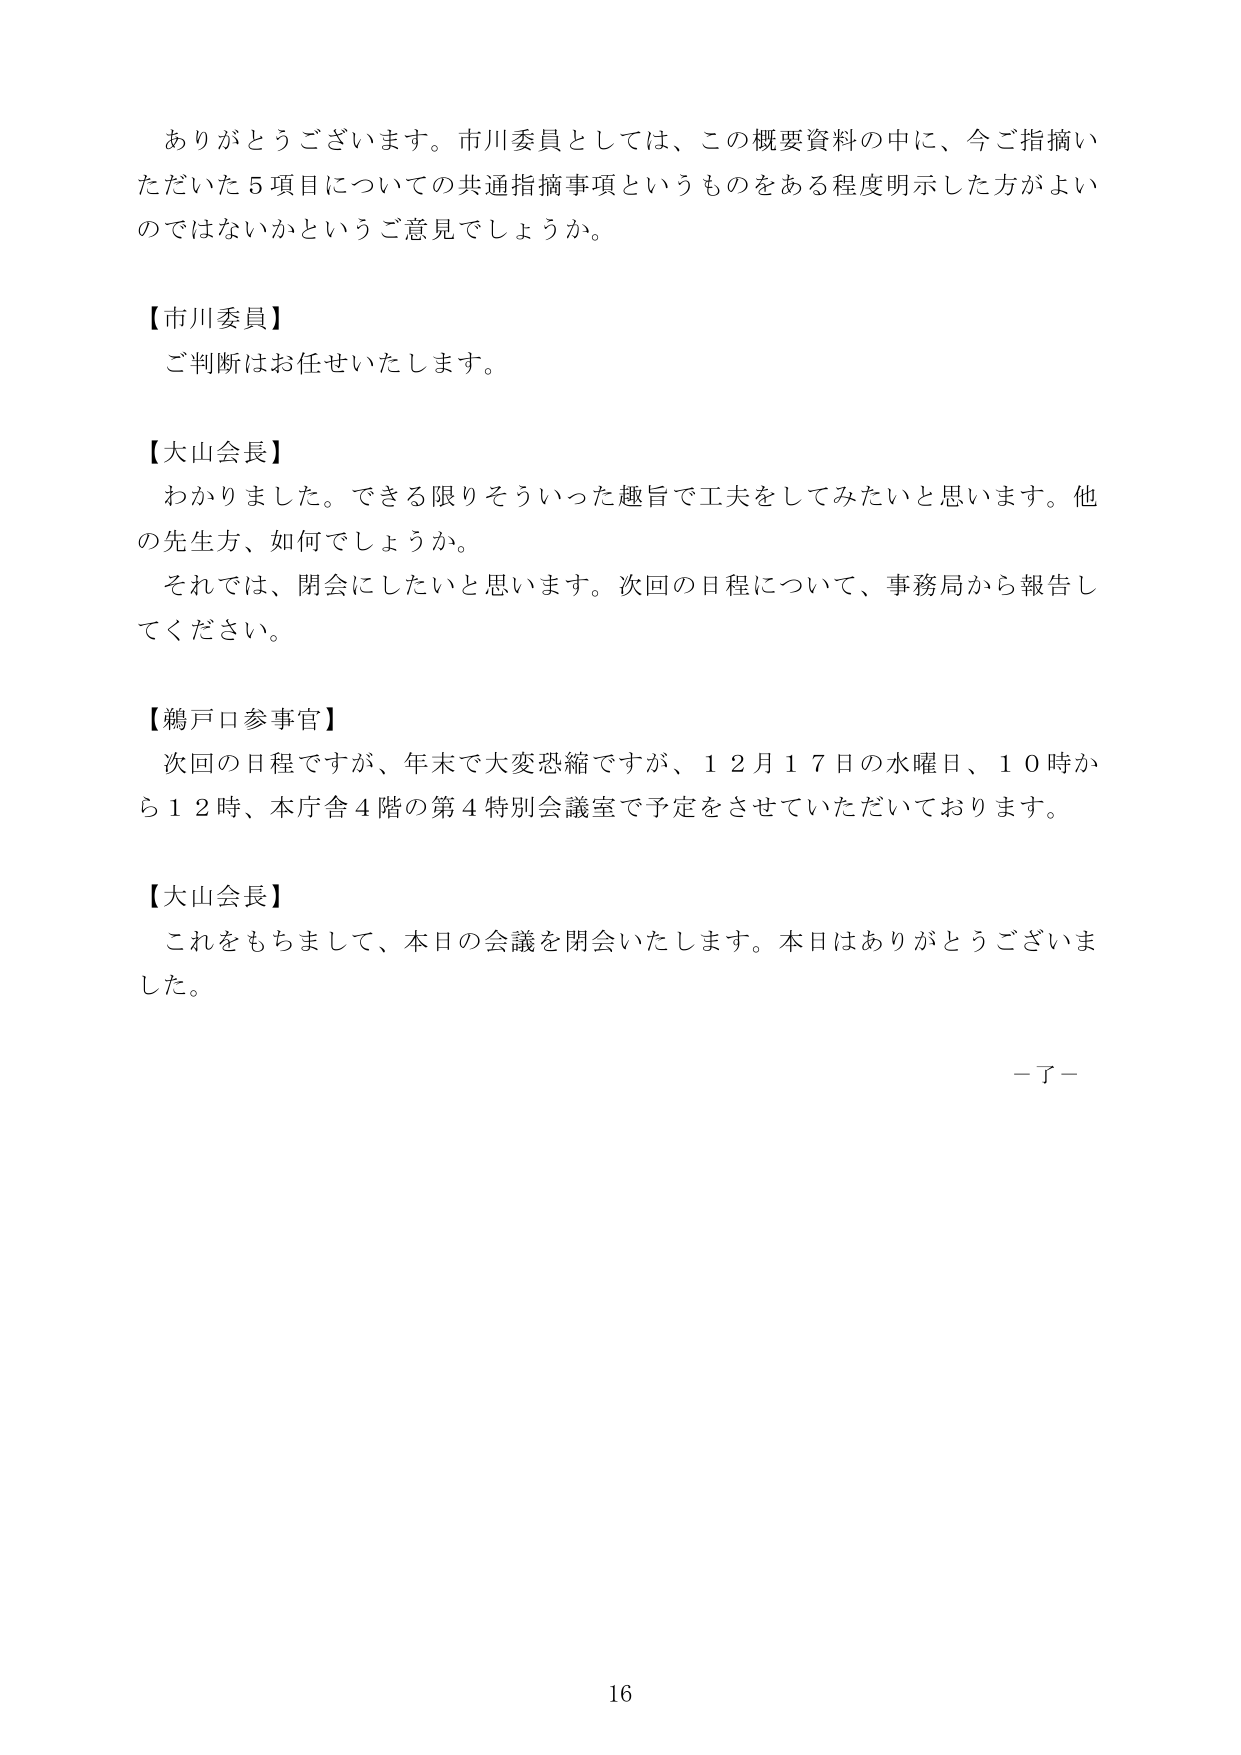
ありがとうございます。市川委員としては、この概要資料の中に、今ご指摘いただいた５項目についての共通指摘事項というものをある程度明示した方がよいのではないかというご意見でしょうか。

【市川委員】
ご判断はお任せいたします。

【大山会長】
わかりました。できる限りそういった趣旨で工夫をしてみたいと思います。他の先生方、如何でしょうか。
それでは、閉会にしたいと思います。次回の日程について、事務局から報告してください。

【鵜戸口参事官】
次回の日程ですが、年末で大変恐縮ですが、１２月１７日の水曜日、１０時から１２時、本庁舎４階の第４特別会議室で予定をさせていただいております。

【大山会長】
これをもちまして、本日の会議を閉会いたします。本日はありがとうございました。

－了－

16